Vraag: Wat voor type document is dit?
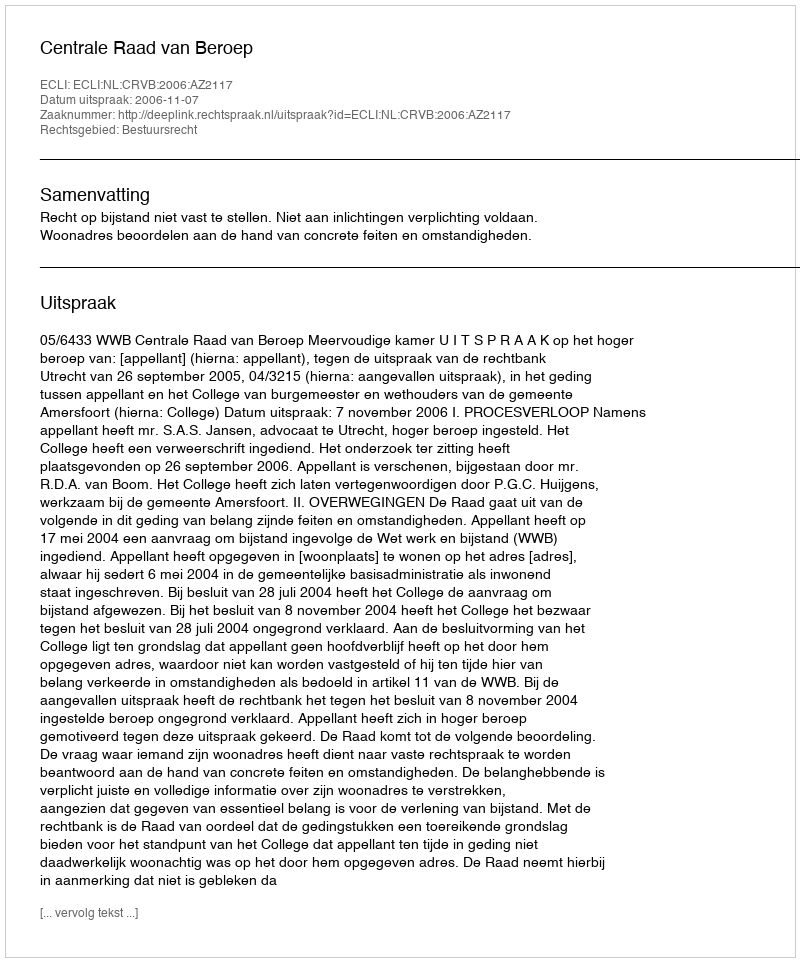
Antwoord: Uitspraak